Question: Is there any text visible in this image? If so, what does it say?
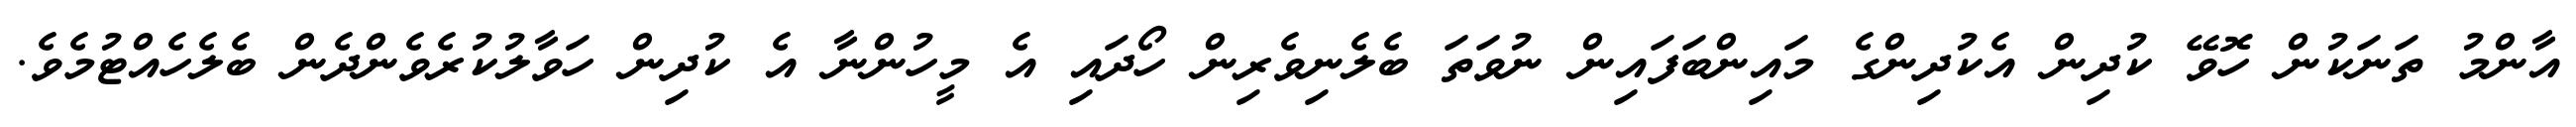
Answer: އާންމު ތަނަކުން ހޮވޭ ކުދިން އެކުދިންގެ މައިންބަފައިން ނުވަތަ ބެލެނިވެރިން ހޯދައި އެ މީހުންނާ އެ ކުދިން ހަވާލުކުރެވެންދެން ބެލެހެއްޓުމެވެ.